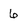
Character: 6